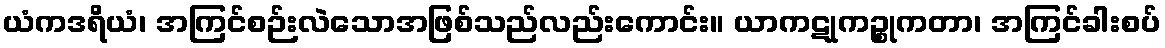
ယံကဒရိယံ၊ အကြင်စဉ်းလဲသောအဖြစ်သည်လည်းကောင်း။ ယာကဋုကဉ္စုကတာ၊ အကြင်ခါးစပ်